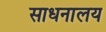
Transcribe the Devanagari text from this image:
साधनालय